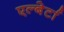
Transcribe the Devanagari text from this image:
एल्बेर्टा